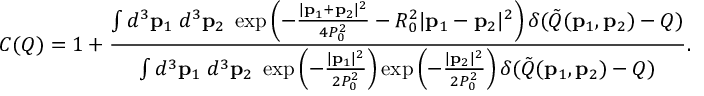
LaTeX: C ( Q ) = 1 + \frac { \int d ^ { 3 } { \bf p } _ { 1 } \; d ^ { 3 } { \bf p } _ { 2 } \; \exp \left( - \frac { | { \bf p } _ { 1 } + { \bf p } _ { 2 } | ^ { 2 } } { 4 P _ { 0 } ^ { 2 } } - R _ { 0 } ^ { 2 } | { \bf p } _ { 1 } - { \bf p } _ { 2 } | ^ { 2 } \right) \delta ( \tilde { Q } ( { \bf p } _ { 1 } , { \bf p } _ { 2 } ) - Q ) } { \int d ^ { 3 } { \bf p } _ { 1 } \; d ^ { 3 } { \bf p } _ { 2 } \; \exp \left( - \frac { | { \bf p } _ { 1 } | ^ { 2 } } { 2 P _ { 0 } ^ { 2 } } \right) \exp \left( - \frac { | { \bf p } _ { 2 } | ^ { 2 } } { 2 P _ { 0 } ^ { 2 } } \right) \delta ( \tilde { Q } ( { \bf p } _ { 1 } , { \bf p } _ { 2 } ) - Q ) } .